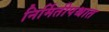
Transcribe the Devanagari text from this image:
निर्मितीपश्चात